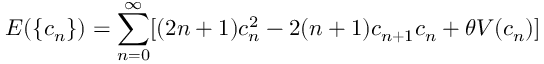
E ( \{ c _ { n } \} ) = \sum _ { n = 0 } ^ { \infty } [ ( 2 n + 1 ) c _ { n } ^ { 2 } - 2 ( n + 1 ) c _ { n + 1 } c _ { n } + \theta V ( c _ { n } ) ]